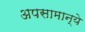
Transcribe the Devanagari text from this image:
अपसामान्ये